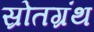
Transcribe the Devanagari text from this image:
स्रोतग्रंथ